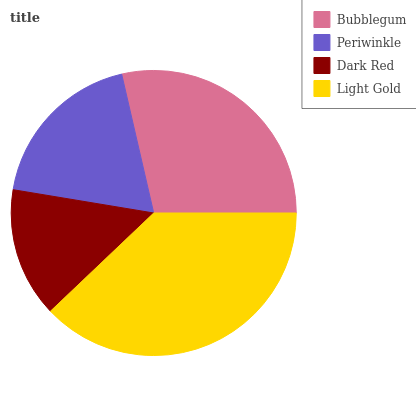
| Bubblegum | Periwinkle | Dark Red | Light Gold |
 | --- | --- | --- | --- |
 | 28.6% | 18.8% | 14.7% | 37.9% |